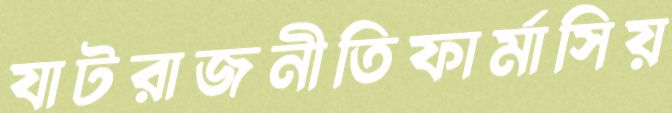
যাটরাজনীতিফার্মাসিয়